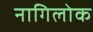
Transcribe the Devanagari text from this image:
नागिलोक